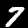
Digit: 7